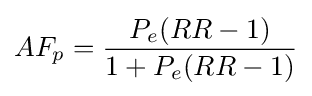
AF_{p}={\frac {P_{e}(RR-1)}{1+P_{e}(RR-1)}}